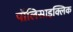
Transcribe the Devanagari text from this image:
पॉलिसाइक्लिक